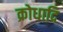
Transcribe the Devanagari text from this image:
क्रोधादि